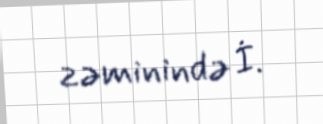
zəminində İ.